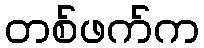
တစ်ဖက်က